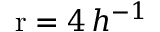
\mathrm { r } = 4 \, h ^ { - 1 }